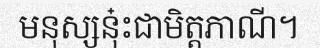
មនុស្សនុ៎ះជាមិត្តភាណី។